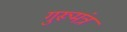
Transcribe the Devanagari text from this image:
गुरूमंत्र